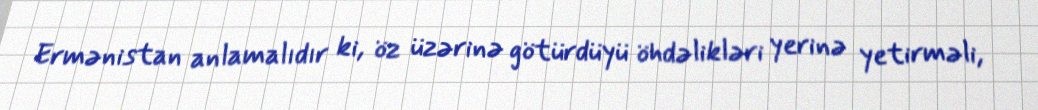
Ermənistan anlamalıdır ki, öz üzərinə götürdüyü öhdəlikləri yerinə yetirməli,